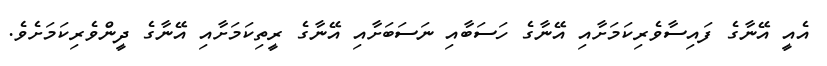
އެއީ އޭނާގެ ފައިސާވެރިކަމަށާއި އޭނާގެ ހަސަބާއި ނަސަބަށާއި އޭނާގެ ރީތިކަމަށާއި އޭނާގެ ދީންވެރިކަމަށެވެ.